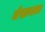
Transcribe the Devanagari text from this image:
जेसावाला